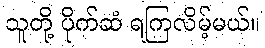
သူတို့ ပိုက်ဆံ ရကြလိမ့်မယ်။